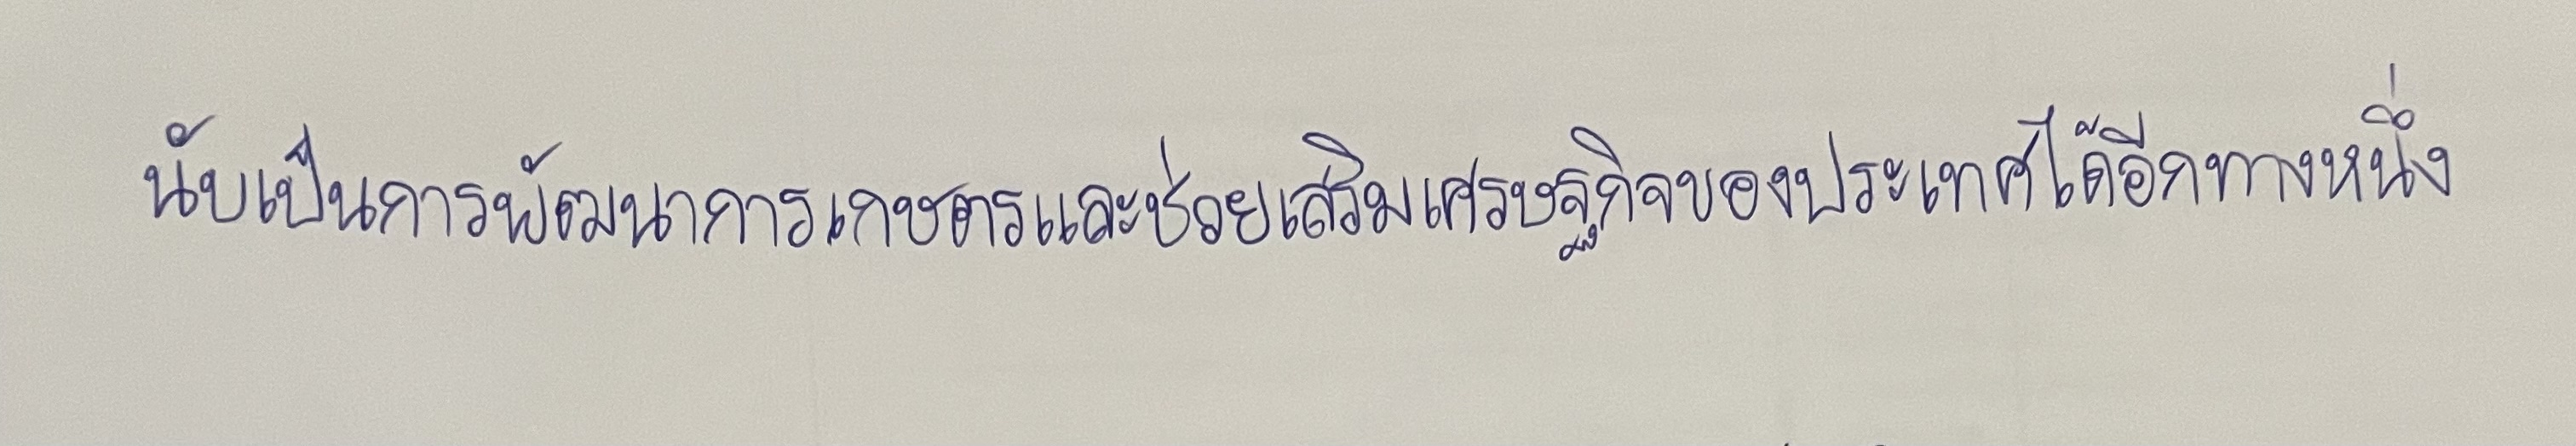
นับเป็นการพัฒนาการเกษตรและช่วยเสริมเศรษฐกิจของประเทศได้อีกทางหนึ่ง